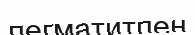
пегматитпен